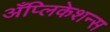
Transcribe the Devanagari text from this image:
अँप्लिकेशन्स